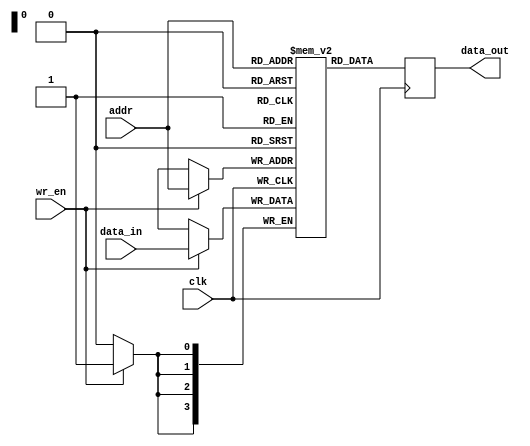
module register_file (
    input wire [3:0] addr,
    input wire [3:0] data_in,
    input wire wr_en,
    input wire clk,
    output reg [3:0] data_out
);

reg [3:0] registers [0:15];

always @(posedge clk) begin
    if (wr_en) begin
        registers[addr] <= data_in;
    end
    data_out <= registers[addr];
end

endmodule